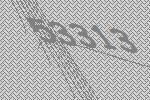
53313